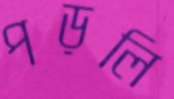
পড়লি